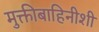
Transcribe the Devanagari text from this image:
मुक्तीबाहिनीशी